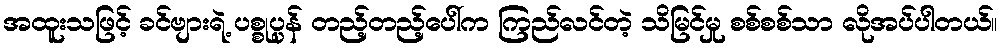
အထူးသဖြင့် ခင်ဗျားရဲ့ ပစ္စုပ္ပန် တည့်တည့်ပေါ်က ကြည်လင်တဲ့ သိမြင်မှု စစ်စစ်သာ လိုအပ်ပါတယ်။